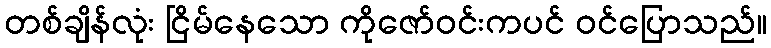
တစ်ချိန်လုံး ငြိမ်နေသော ကိုဇော်ဝင်းကပင် ဝင်ပြောသည်။